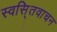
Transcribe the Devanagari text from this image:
स्वसि्तवाचन